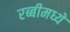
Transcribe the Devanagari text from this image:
रब्बीमध्ये